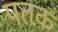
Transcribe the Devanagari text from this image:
पतक